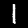
Label: 1